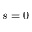
s = 0